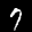
Label: 7